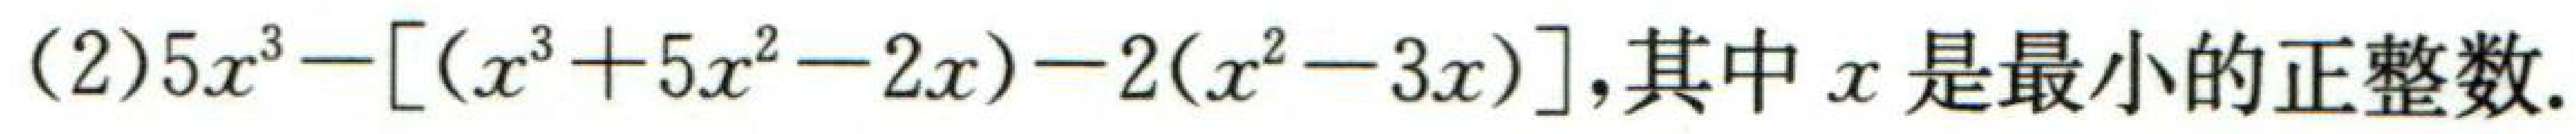
(2)$5x^{3}-[(x^{3}+5x^{2}-2x)-2(x^{2}-3x)]$,其中$x$是最小的正整数.